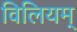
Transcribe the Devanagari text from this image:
विलियम्